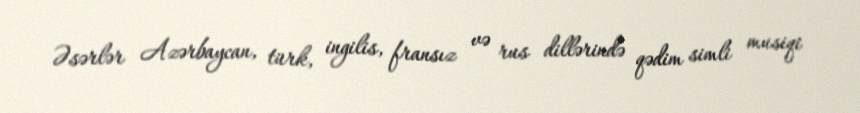
Əsərlər Azərbaycan, türk, ingilis, fransız və rus dillərində qədim simli musiqi